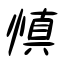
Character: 慎